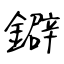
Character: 鐴